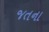
જતના